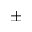
\pm